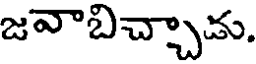
జవాబిచ్చాడు.